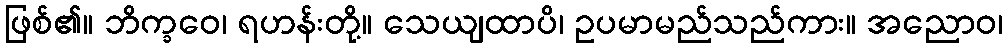
ဖြစ်၏။ ဘိက္ခဝေ၊ ရဟန်းတို့။ သေယျထာပိ၊ ဥပမာမည်သည်ကား။ အညောဝ၊